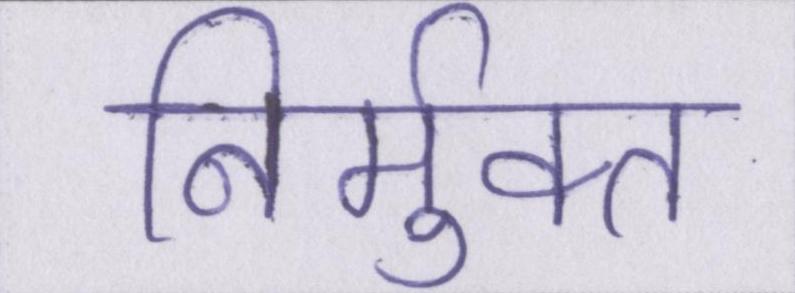
निर्मुक्त